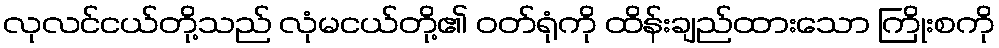
လုလင်ငယ်တို့သည် လုံမငယ်တို့၏ ဝတ်ရုံကို ထိန်းချည်ထားသော ကြိုးစကို